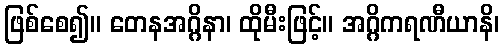
ဖြစ်စေ၍။ တေနအဂ္ဂိနာ၊ ထိုမီးဖြင့်။ အဂ္ဂိကရဏီယာနိ၊